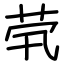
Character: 茕